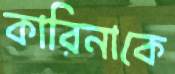
কারিনাকে